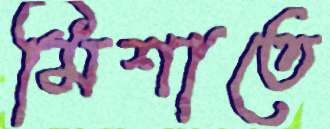
মিশাতে